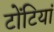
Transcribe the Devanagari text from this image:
टोंटियां